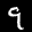
Label: 9